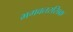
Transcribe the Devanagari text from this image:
भगवतरसिक